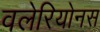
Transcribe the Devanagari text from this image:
वलेरियोनस